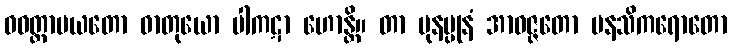
ဝဝတ္ထာပယတော ဓာတုယော ပါကဋာ ဟောန္တိ။ တာ ပုနပ္ပုနံ အာဝဇ္ဇတော မနသိကရောတော